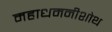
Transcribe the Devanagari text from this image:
महाधमनीशोथ